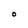
Character: O